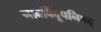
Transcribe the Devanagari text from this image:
नादविंदूपनिषद्